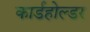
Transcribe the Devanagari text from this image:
कार्डहोल्डर